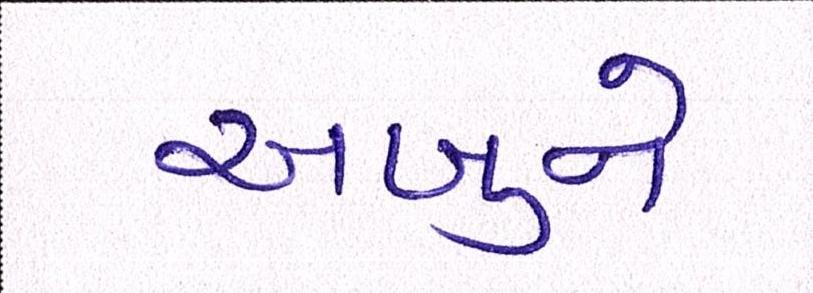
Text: અબુને